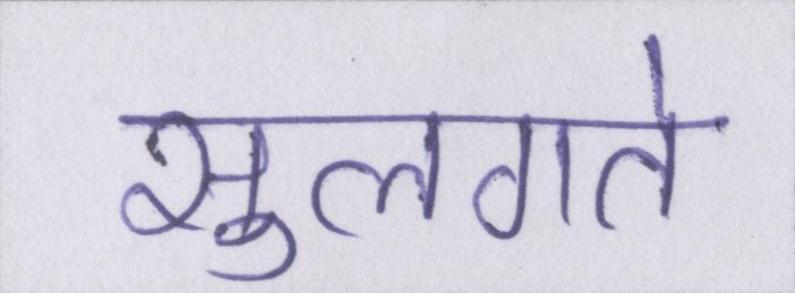
सुलगते